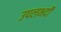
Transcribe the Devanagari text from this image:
उपलभदी